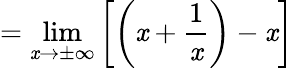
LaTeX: =\operatorname*{lim}_{\mathit{x}\to\pm\infty}\left[\left(\mathit{x}+{\frac{{1}}{{\mathit{x}}}}\right)-\mathit{x}\right]